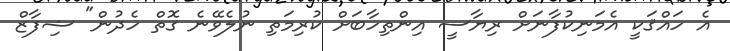
އެ ހައްޤަކީ އެމަނިކުފާނަށް ރިޔާސީ އިންތިހާބަށް ކުރިމަތި ނުލެވޭނެ ގޮތް ހެދުން" ޝިފާޒް